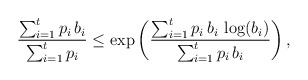
\begin{align*}\frac{\sum_{i=1}^{t}p_{i}\,b_{i}}{\sum_{i=1}^{t}p_{i}}\leq \exp\left(\frac{\sum_{i=1}^{t}p_{i}\,b_{i}\,\log(b_{i})}{\sum_{i=1}^{t}p_{i}\,b_{i}}\right),\end{align*}